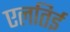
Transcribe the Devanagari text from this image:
एलतिई